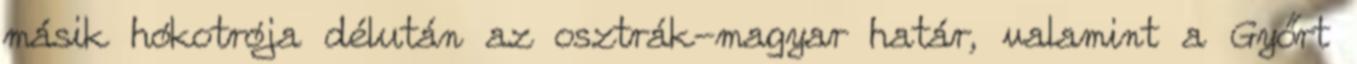
másik hókotrója délután az osztrák-magyar határ, valamint a Győrt